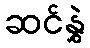
ဆင်နွှဲ